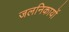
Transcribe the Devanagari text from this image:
जलनिकायों